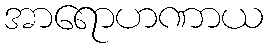
အာရောဟဏာယ